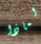
لماذا